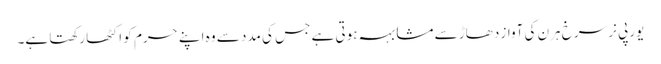
یورپی نر سرخ ہرن کی آواز دھاڑ سے مشابہہ ہوتی ہے جس کی مدد سے وہ اپنے حرم کو اکٹھا رکھتا ہے۔